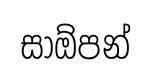
සාඕපන්